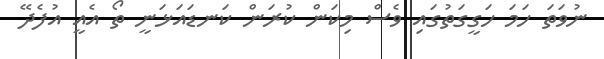
ނުވަަތަ ހަމަ ހަގީގަތުގައި ވެސް މިކަން ކުރަން ކަނޑައަޅަނީ ތޯ އެއީ އުފެދޭ